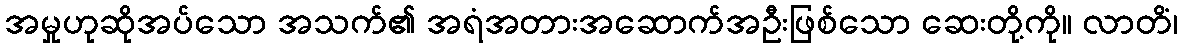
အမှုဟုဆိုအပ်သော အသက်၏ အရံအတားအဆောက်အဦးဖြစ်သော ဆေးတို့ကို။ လာတိံ၊